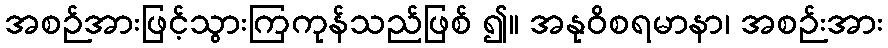
အစဉ်အားဖြင့်သွားကြကုန်သည်ဖြစ် ၍။ အနုဝိစရမာနာ၊ အစဉ်းအား